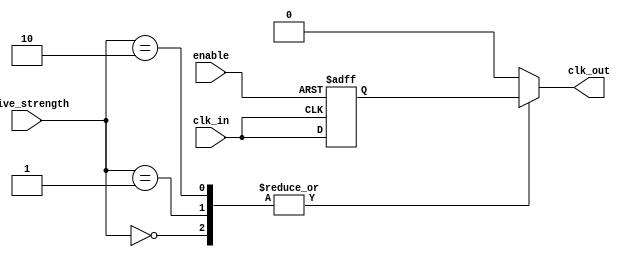
module LowPowerClockBuffer (
    input wire clk_in,           // Input clock signal
    input wire enable,           // Enable signal for clock gating
    input wire [1:0] drive_strength, // Drive strength control (00: weak, 01: medium, 10: strong)
    output reg clk_out           // Buffered output clock signal
);

    // Parameters for drive strengths
    localparam DRIVE_WEAK   = 2'b00;
    localparam DRIVE_MEDIUM = 2'b01;
    localparam DRIVE_STRONG  = 2'b10;

    // Intermediate signals
    reg clk_buffered; // Buffered clock signal before output stage

    // Simple timing control for the buffer
    always @(posedge clk_in or negedge enable) begin
        if (!enable) begin
            clk_buffered <= 1'b0; // Gated clock to low when disabled
        end else begin
            clk_buffered <= #1 clk_in; // Simple buffering with 1 time unit delay
        end
    end

    // Output stage with programmable drive strength
    always @(*) begin
        case (drive_strength)
            DRIVE_WEAK:   clk_out = clk_buffered; // Weak drive
            DRIVE_MEDIUM: clk_out = clk_buffered; // Medium drive
            DRIVE_STRONG: clk_out = clk_buffered; // Strong drive
            default:      clk_out = 1'b0; // Default output low
        endcase
    end

endmodule